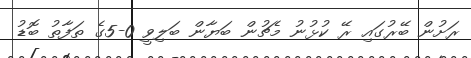
ރަށުން ބޭރުގައި ރޭ ކުޅުނު މެޗުން ބަޔާން ބަލިވީ 0-5ގެ ތަފާތު ބޮޑު